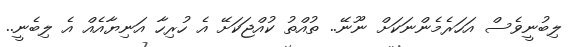
ލިބުނީވެސް އަހަރެމެންނަކަށް ނޫނޭ.. ތުއްތު ކުއްޖަކަށޭ އެ ހުރިހާ އަނިޔާއެއް އެ ލިބެނީ..